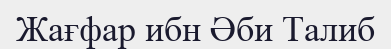
Жағфар ибн Әби Талиб